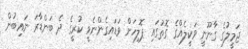
ޖަމީލުގެ ގާނޫނީ ވަކީލެއްގެ ގޮތުގައި ޕޮލިހަށް ވަޑައިގެންނެވީ ކުރީގެ ދެ ބަންޑާރަ ނައިބުން